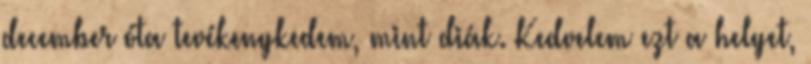
december óta tevékenykedem, mint diák. Kedvelem ezt a helyet,